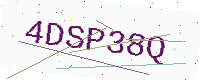
Text: 4DSP38Q